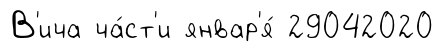
В'ича ча́ст'и январ'я́ 29042020